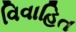
વિવાહિત